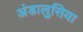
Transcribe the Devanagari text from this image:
अंडालुसिया